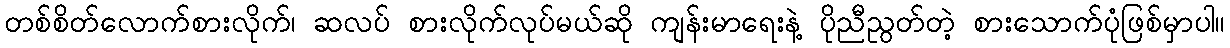
တစ်စိတ်လောက်စားလိုက်၊ ဆလပ် စားလိုက်လုပ်မယ်ဆို ကျန်းမာရေးနဲ့ ပိုညီညွတ်တဲ့ စားသောက်ပုံဖြစ်မှာပါ။